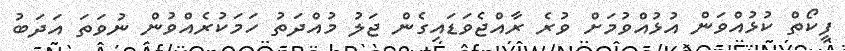
ފީކޯތް ކުޅުއްވަން އުޅުއްވުމަށް ވުރެ ރާއްޖެވަޑައިގެން ޖަލު މުއްދަތު ހަމަކުރެއްވުން ނުވަތަ އަދަބު